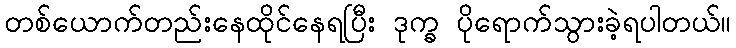
တစ်ယောက်တည်းနေထိုင်နေရပြီး ဒုက္ခ ပိုရောက်သွားခဲ့ရပါတယ်။